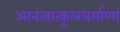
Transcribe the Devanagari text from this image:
आनंत्यात्कुलधर्माणां